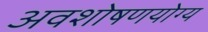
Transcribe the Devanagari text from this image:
अवशोषणयोग्य